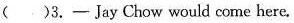
()3.—JayChow would come here.